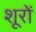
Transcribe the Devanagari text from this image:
शूरों